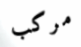
مركب